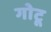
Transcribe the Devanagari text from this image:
गोटू